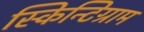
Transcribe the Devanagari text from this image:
स्किन्टिग्राम